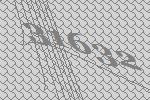
31632